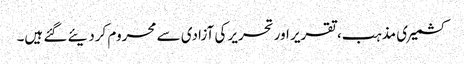
کشمیری مذہب، تقریر اور تحریر کی آزادی سے محروم کردیئے گئے ہیں۔